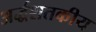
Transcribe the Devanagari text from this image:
अर्द्धशतकीय